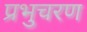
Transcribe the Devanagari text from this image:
प्रभुचरण